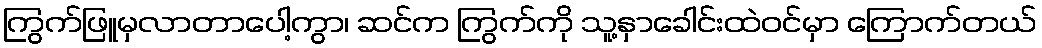
ကြွက်ဖြူမှလာတာပေါ့ကွာ၊ ဆင်က ကြွက်ကို သူ့နှာခေါင်းထဲဝင်မှာ ကြောက်တယ်